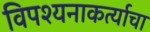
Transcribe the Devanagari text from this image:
विपश्यनाकर्त्याचा